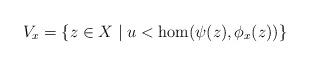
LaTeX: \begin{align*} V_x=\{z \in X \mid u < \hom(\psi(z),\phi_x(z)) \} \end{align*}